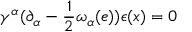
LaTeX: \gamma ^ { \alpha } ( \partial _ { \alpha } - \frac { 1 } { 2 } \omega _ { \alpha } ( e ) ) \epsilon ( x ) = 0